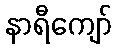
နာရီကျော်